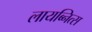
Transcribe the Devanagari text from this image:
लायब्नित्स